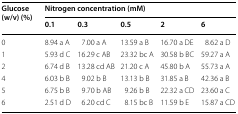
<table><thead><tr><td rowspan="2"><b>Glucose (w/v) (%)</b></td><td colspan="5"><b>Nitrogen concentration (mM)</b></td></tr><tr><td><b>0.1</b></td><td><b>0.3</b></td><td><b>0.5</b></td><td><b>2</b></td><td><b>6</b></td></tr></thead><tbody><tr><td>0</td><td>8.94 a A</td><td>7.00 a A</td><td>13.59 a B</td><td>16.70 a DE</td><td>8.62 a D</td></tr><tr><td>1</td><td>5.93 d C</td><td>16.29 c AB</td><td>23.32 bc A</td><td>30.58 b BC</td><td>59.27 a A</td></tr><tr><td>2</td><td>6.74 d B</td><td>13.28 cd AB</td><td>21.20 c A</td><td>45.80 b A</td><td>55.73 a A</td></tr><tr><td>4</td><td>6.03 b B</td><td>9.02 b B</td><td>13.13 b B</td><td>31.85 a B</td><td>42.36 a B</td></tr><tr><td>5</td><td>6.75 b B</td><td>9.70 b AB</td><td>9.26 b B</td><td>22.32 a CD</td><td>23.60 a C</td></tr><tr><td>6</td><td>2.51 d D</td><td>6.20 cd C</td><td>8.15 bc B</td><td>11.59 b E</td><td>15.87 a CD</td></tr></tbody></table>